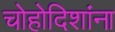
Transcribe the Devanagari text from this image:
चोहोदिशांना